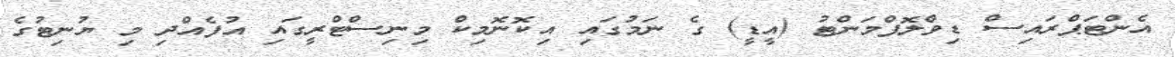
އެންޓަޕްރައިސް ޑިވްލޮޕްމަންޓު (އީޑީ) ގެ ނަމުގައި އިކޮނޮމިކް މިނިސްޓްރީގައި އުފެއްދި މި ޔުނިޓުގެ